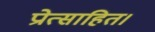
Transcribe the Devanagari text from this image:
प्रोत्साहित।